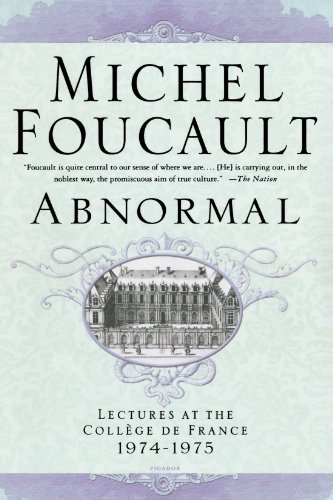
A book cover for Abnormal: Lectures at the CollÃ¨ge de France, 1974-1975; Michel Foucault; Politics & Social Sciences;